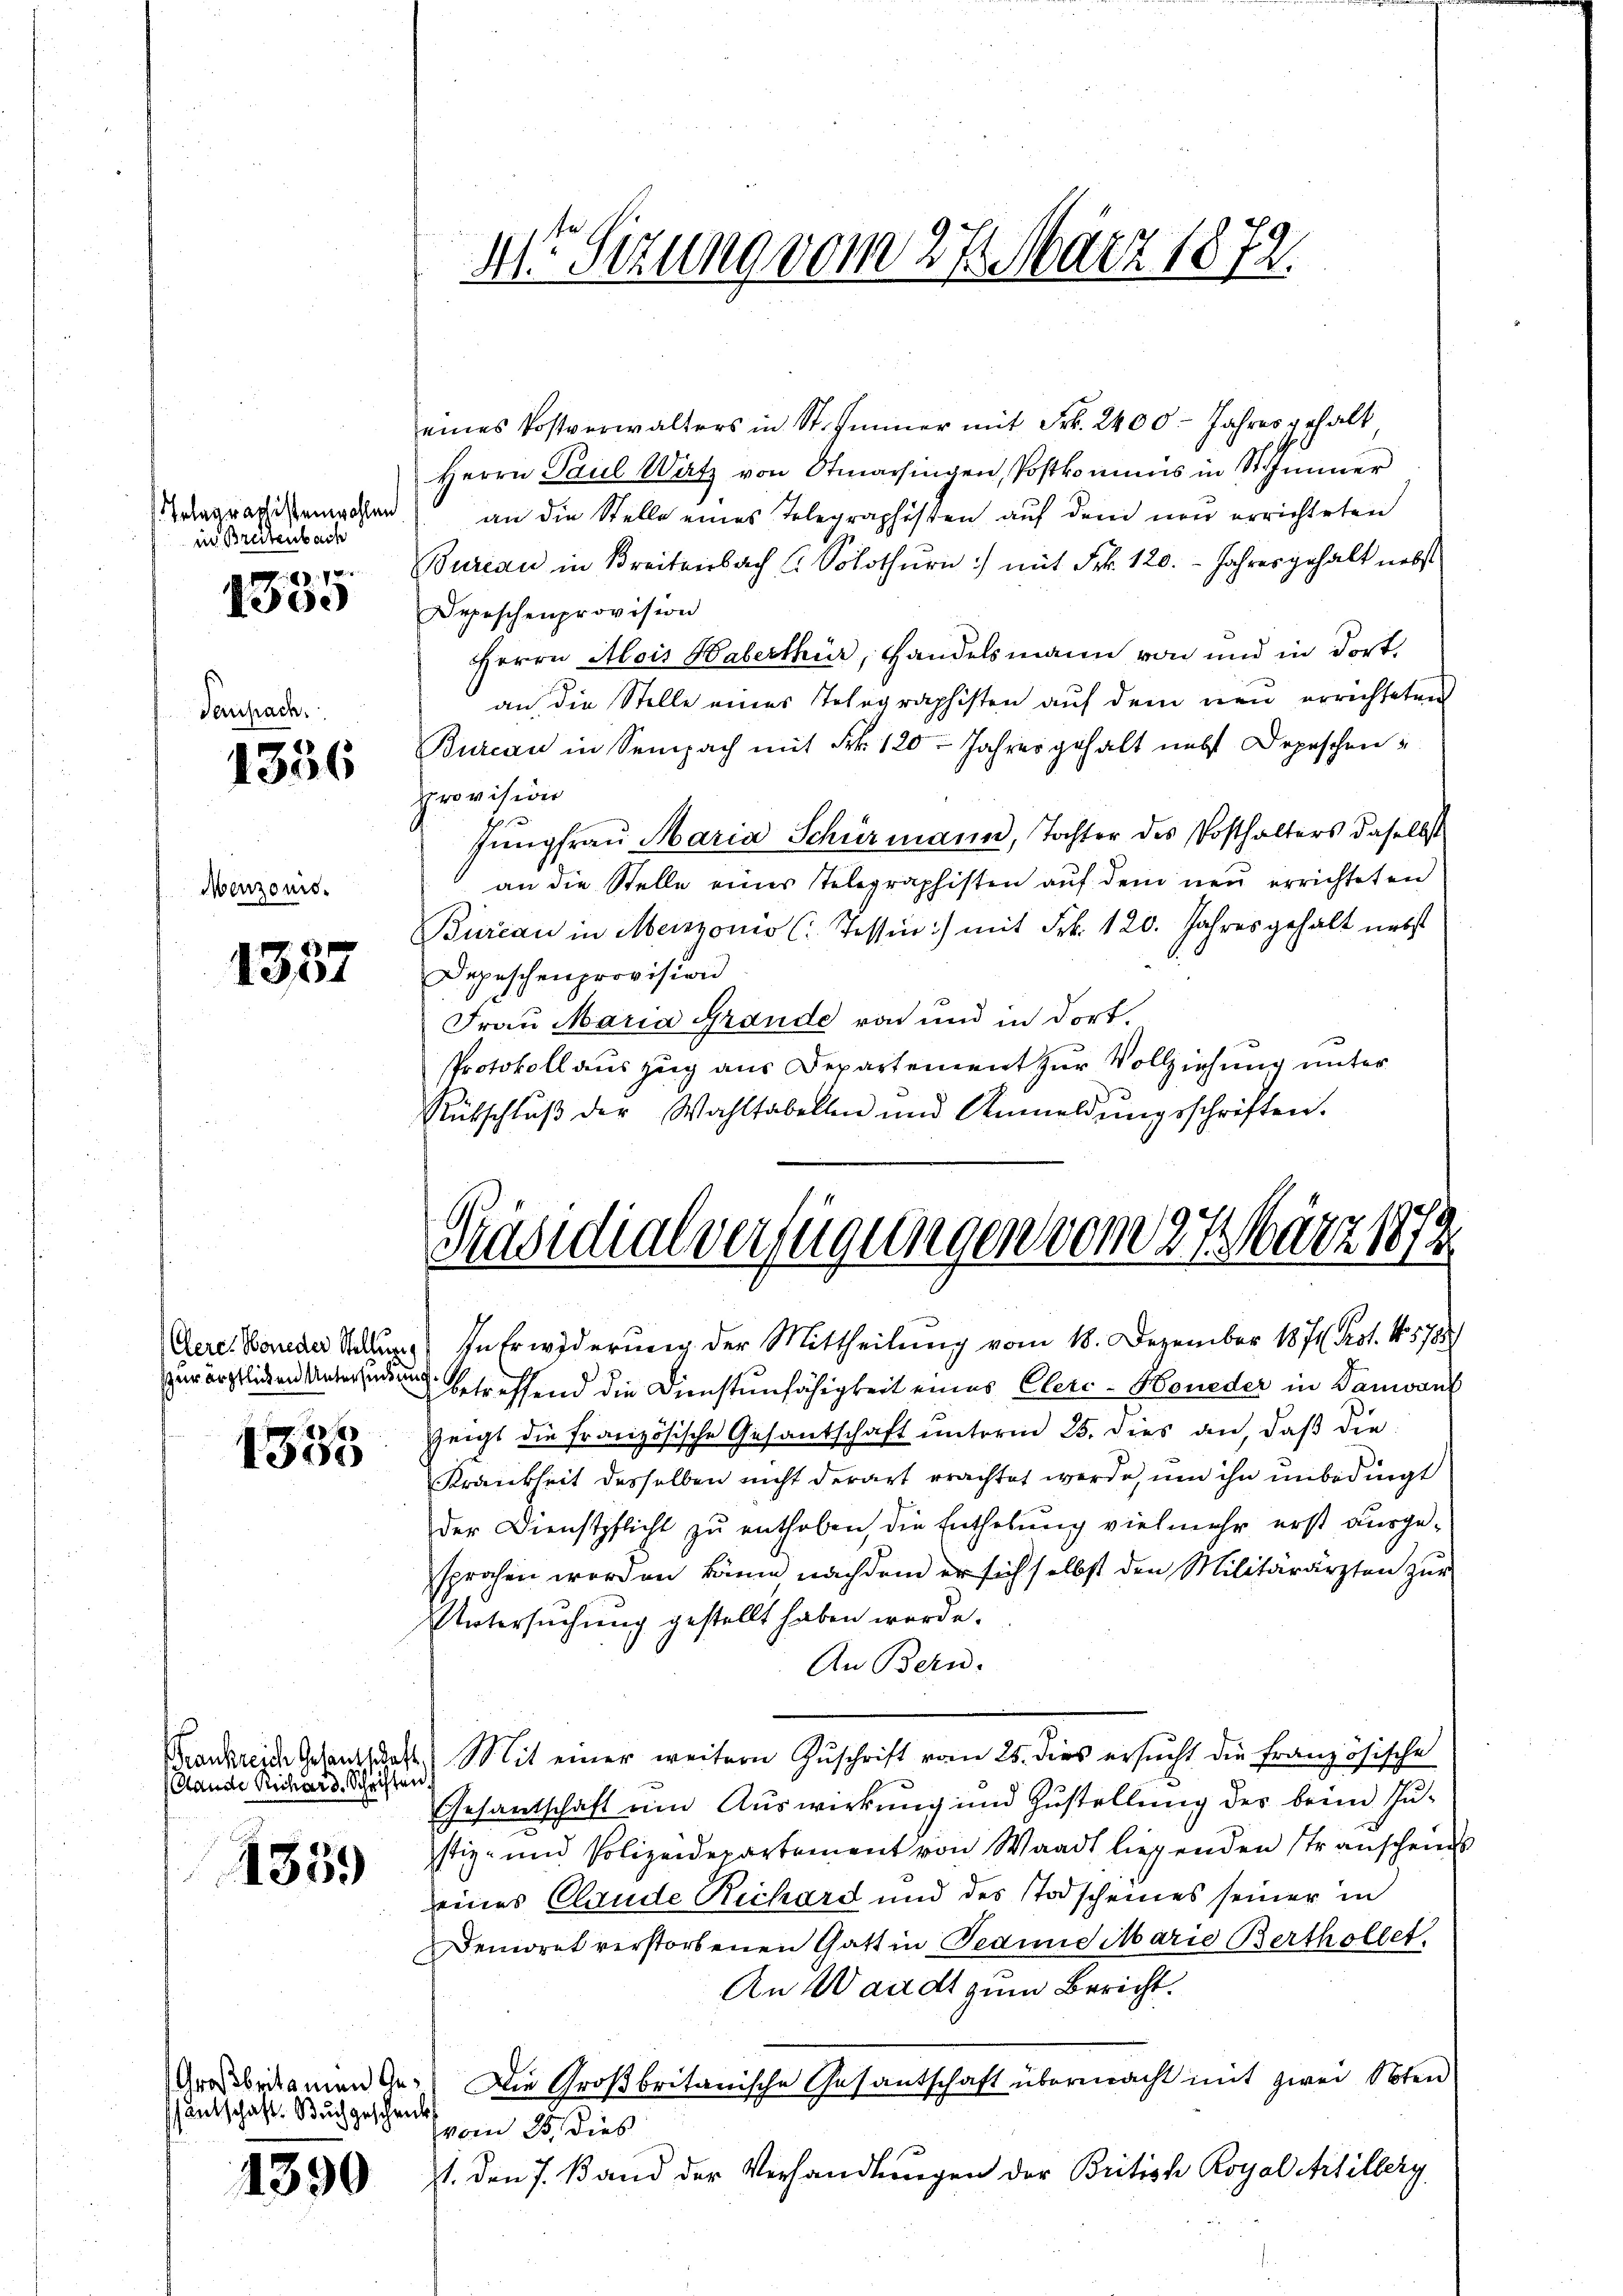
Trlagraphistenwohlen
in Breitenbach

Pause

r
300

1336

Menzonis.

1337

1535

Stande Richard. Schriften

1359

schentschaft. Buch geschenk

1390

eines Postverwalters in St. Immer mit Frk. 2400. Jahres erhalt
Herrn Paul Watz von Otmarsingen, Postkommnis in Schinner
an die Stelle eines Telegraphisten auf dem neu errichteten
Bureau in Breitenbach Solothurn :/ mit Frk. 120. Jahresgehalt nebst
Depeschenprovision
Herrn Alois Haberthur, Handelsmann von und in dort,
an, die Stelle eines Telegraphisten auf dem neu errichteten
Bureau in Sempach mit Frk. 120. Jahres gehalt nebst Depeschen
provision
Jungfrau Maria Schürmann, Tochter des Posthalters daselbst
an die Stelle eines Telegraphisten auf dem neu errichteten
Bureau in Meinzonio (Tessin:) mit Frk. 120. Jahres gehalt nebst
Depeschenprovision
Frau Maria Grande von und in dort.
Protokoll auszug aus Departement zur Vollziehung unter
d
Rütschlŭβ der Wahltabellen und Anmeldŭngsschriften.

dr Sitzung vom 27. März 1872.

Präsidialverfügungen vom 27. März 1873.
2

Geres Monder Ste) In Erwiderung der Mittheilung vom 18. Dezember 1871 st. 15785/
zurärztlichen Unterredung betreffend die Dienstunfähigkeit eines Eler-Honeder in Bananl
zeigt die französische Gesantschaft ŭnterm 25. dies an, daβ die
Krankheit desselben nicht derart erachtet werde, um ihn unbedingt
der Dienstpflicht zu enthoben, die Enthebung vielmehr erst ausge-
sprochen werden kann nachdem er sich selbst den Militärärzten zur
Untersuchung gestellt haben werde.
An Bern.
Frankreide Gesandschaft. Mit einer weitern Zuschrift vom 25. dies ersucht die französische
Gesantschaft um Auswirkung und Zustellung des beim Justiz- und Polizeiderartement von Waadt liegenden Transcheins
eines Claude Rechard und des Todscheines seiner in
Demoret verstorbenen Gattin Teaind Marie Berthollet.
An Waadt zum Bericht.
Grassberamen Ge- Die Großbritanische Gesantschaft übermacht mit zwei Noten
vom 25. dies
st. Den 7. Band der Verhandlungen der Britisch Royal Artillerg